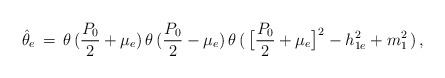
\begin{align*}\hat\theta_e\,=\,\theta\,({P_0\over2}+\mu_e)\,\theta\,({P_0\over2}-\mu_e)\,\theta\,(\,\big[{P_0\over2}+\mu_e\big]^2-h^2_{1e}+m^2_1\,)\,,\end{align*}